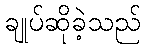
ချုပ်ဆိုခဲ့သည်